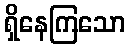
ရှိနေကြသော